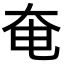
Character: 奄